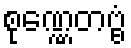
စုဏ္ဏေတဗ္ဗံ